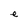
Character: e